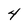
Character: 4